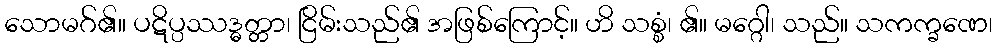
သောမဂ်၏။ ပဋိပ္ပဿဒ္ဓတ္တာ၊ ငြိမ်းသည်၏ အဖြစ်ကြောင့်။ ဟိ သစ္စံ၊ ၏။ မဂ္ဂေါ၊ သည်။ သကက္ခဏေ၊